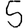
Digit: 5